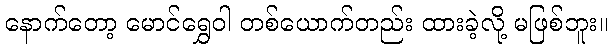
နောက်တော့ မောင်ရွှေဝါ တစ်ယောက်တည်း ထားခဲ့လို့ မဖြစ်ဘူး။